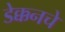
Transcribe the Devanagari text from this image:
डेक्कनचे